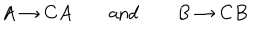
A \rightarrow C A \qquad { \mathrm { a n d } } \qquad B \rightarrow C B